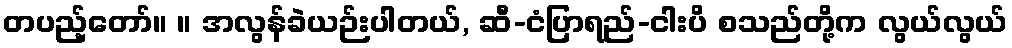
တပည့်တော်။ ။ အလွန်ခဲယဉ်းပါတယ်, ဆီ-ငံပြာရည်-ငါးပိ စသည်တို့က လွယ်လွယ်